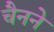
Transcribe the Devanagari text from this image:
चैनने